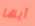
أيها